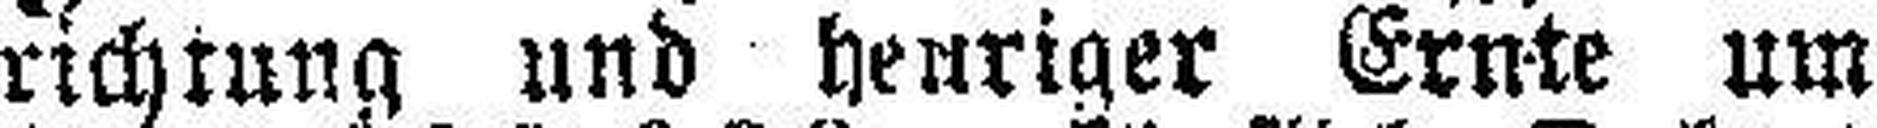
richtung und heuriger Ernte um